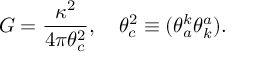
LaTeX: G = \frac { \kappa ^ { 2 } } { 4 \pi \theta _ { c } ^ { 2 } } , \quad \theta _ { c } ^ { 2 } \equiv ( \theta _ { a } ^ { k } \theta _ { k } ^ { a } ) .